Civil Veterinary Dept. North-West Frontier Province 1933-46 - 1933-1946
Year: 1933
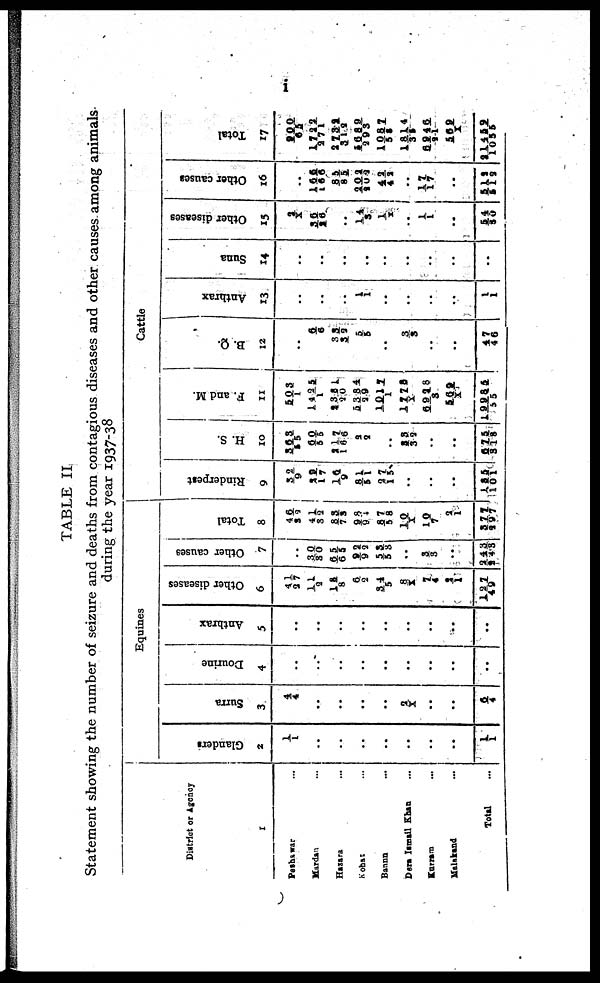
i
TABLE II
Statement showing the number of seizure and deaths from contagious diseases and other causes among animals
during the year 1937-38
District or Agency
1
Peshawar ...
Mardan ...
Hazara ...
Kohat ...
Bannu ...
Dera Ismall Khan ...
Kurram ...
Malakand ...
Total ...
Equines
Glanders
2
1/1
..
...
...
...
...
...
...
1/1
Surra
3
4/4
..
..
..
..
2/1
..
..
6/4
Dourine
4
...
..
...
...
...
...
...
...
...
Anthrax
5
...
...
...
...
...
...
...
...
...
Other diseases
6
41/27
11/2
11/8
6/2
3 4/5
8/X
7/4
2/1
127/49
Other causes
7
..
30/30
6 5/65
9 2/92
5 3/58
..
3/3
..
243/243
Total
8
46/82
41/3 2
8 3/7 3
9 8/94
87/5 8
10/X
10/7
2/1
377/297
Cattle
Rinderpest
9
32/9
29/1 7
16/9
8 1/5 1
2 7/1 5
..
..
..
125/101
H. S.
10
365/55
60/55
2 1 7 / 1 6 6
2/9
..
25/32
..
..
675/318
F. and M.
11
503/1
1 4 2 5 /1
3 381/20
5384/29
1017/1
1778/ X
6928/3
569/X
19935/5 5
B. Q.
12
...
6/6
33/32
5/5
..
3
..
..
47/46
Anthrax
13
...
..
..
1/ 1
..
..
..
...
1/1
Suna
14
...
...
...
...
...
...
...
...
...
Other diseases
15
3/X
36/26
..
14/3
1/X
..
1/ 1
...
5 4/30
Other causes
16
...
166/166
55/55
202/202
42/42
...
17/17
...
512/512
Total
17
200/65
1722/271
2732/312
1689/293
1057/58
1814/35
6946/21
569/X
21459/1055